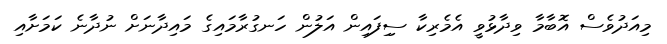
މިއަދުވެސް އޮބާމާ ވިދާޅުވީ އެމެރިކާ ސިިފައިން އަލުން ހަނގުރާމައިގެ މައިދާނަށް ނުދާނެ ކަމަށާއި